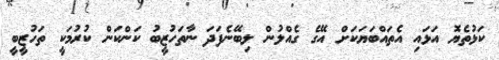
ކަޅުތެޔޮ އަޅައި އެތައްބަޔަކަށް އޭގެ ގެއްލުން ލިބޭނެފަދަ ނާތަހުޒީބު ކަންކަން ކުރުމަކީ ތަހުޒީބީ